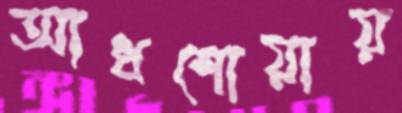
আধশোয়ায়